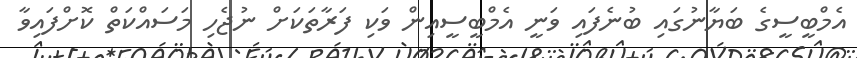
އެމްބީސީގެ ބަޔާނުގައި ބުނެފައި ވަނީ އެމްބީސީއިން ވަކި ފަރާތަކަށް ނުޖެހި މަސައްކަތް ކޮށްފައިވާ